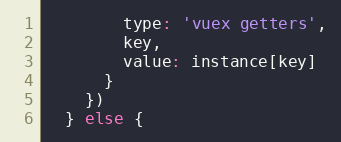
Language: JavaScript
        type: 'vuex getters',
        key,
        value: instance[key]
      }
    })
  } else {